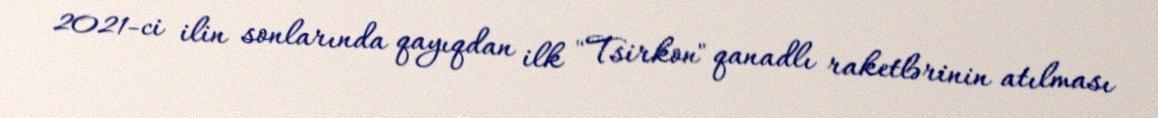
2021-ci ilin sonlarında qayıqdan ilk "Tsirkon" qanadlı raketlərinin atılması